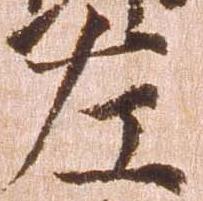
左